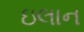
ઇલાન